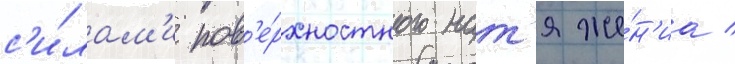
с'и́лам'и пов'е́рхностного нат'яже́н'иа /